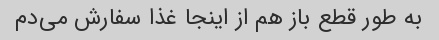
به طور قطع باز هم از اینجا غذا سفارش می‌دم